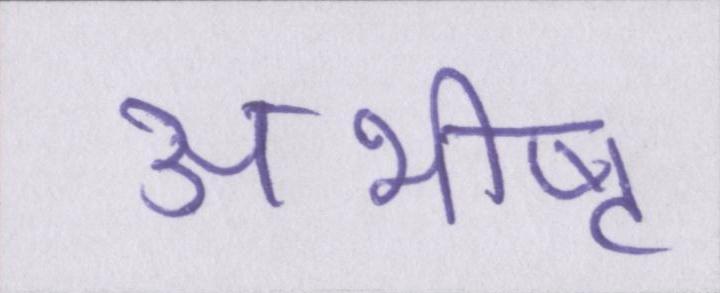
अभीष्ट